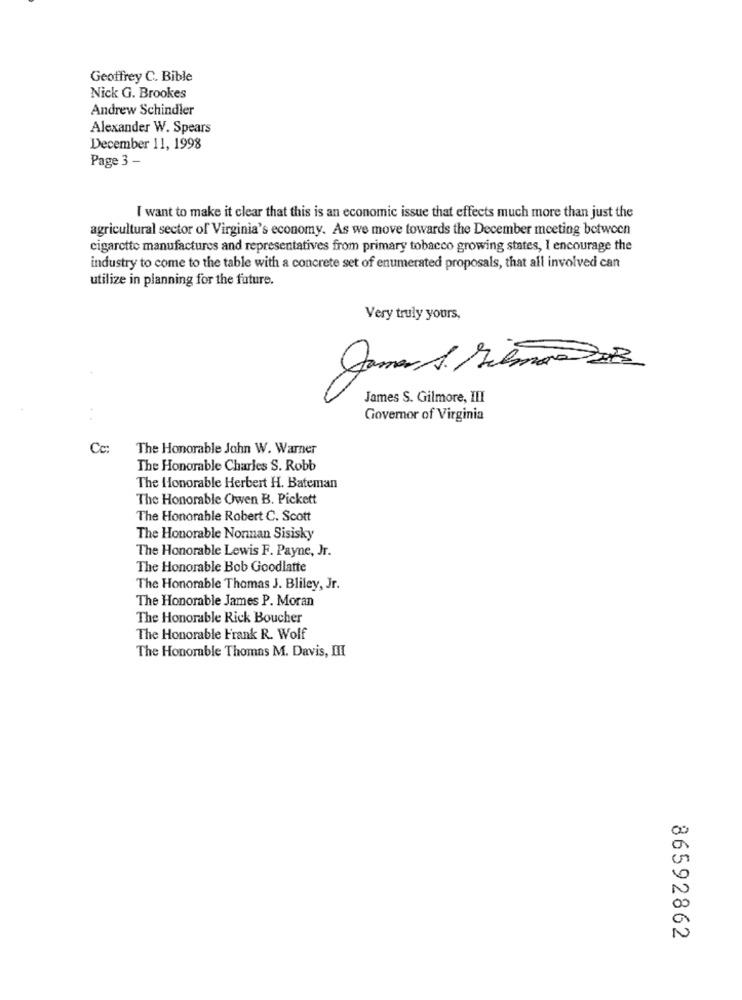
Geoffrey C. Bible
Nick G. Brookes
Andrew Schindler
Alexander W. Spears
December 11, 1998
Page 3 -
I want to make it clear that this is an economic issue that effects much more than just the
agricultural sector of Virginia's economy. As we move towards the December meeting between
cigarette manufactures and representatives from primary tobacco growing states, I encourage the
industry to come to the table with a concrete set of enumerated proposals, that all involved can
utilize in planning for the future.
Very truly yours,
James S. Gilmore, III
Governor of Virginia
Cc:
The Honorable John W. Warner
The Honorable Charles S. Robb
The Honorable Herbert H. Bateman
The Honorable Owen B. Pickett
The Honorable Robert C. Scott
The Honorable Norman Sisisky
The Honorable Lewis F. Payne, Jr.
The Honorable Bob Goodlatte
The Honorable Thomas J. Bliley, Jr.
The Honorable James P. Moran
The Honorable Rick Boucher
The Honorable Frank R. Wolf
The Honorable Thomas M. Davis, III
86592862